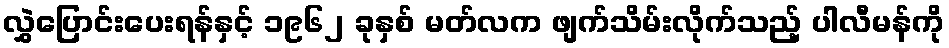
လွှဲပြောင်းပေးရန်နှင့် ၁၉၆၂ ခုနှစ် မတ်လက ဖျက်သိမ်းလိုက်သည့် ပါလီမန်ကို